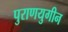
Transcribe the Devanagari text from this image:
पुराणयुगीन